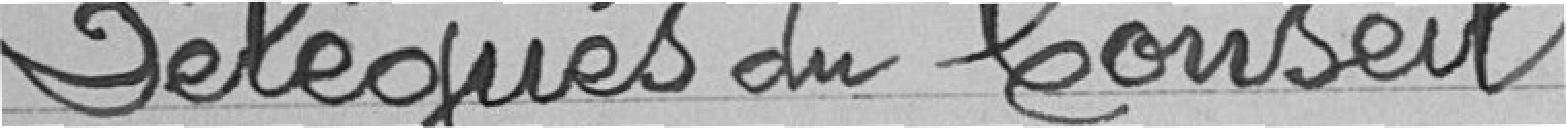
Délégués du Conseil